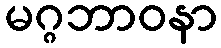
မဂ္ဂဘာဝနာ